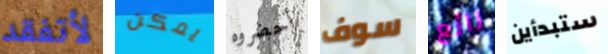
لأتفقد يمكن أحضروه سوف رائع ستبدأين